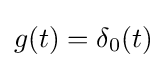
g(t)=\delta _{0}(t)